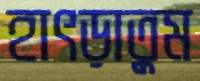
হাৎড়াতুম